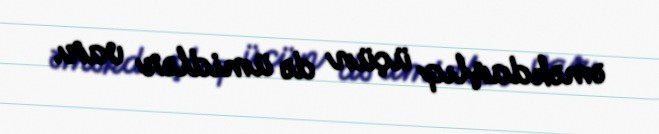
əməkdaşlıq üçün də ümidlər var.